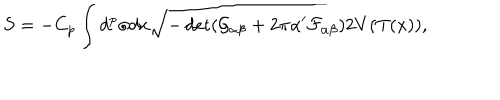
S = - C _ { p } \int d ^ { p } \sigma d x \sqrt { - \det ( \mathcal { G } _ { \alpha \beta } + 2 \pi \alpha ^ { \prime } \mathcal { F } _ { \alpha \beta } ) } 2 V ( T ( x ) ) ,